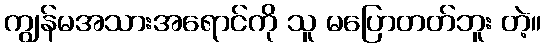
ကျွန်မအသားအရောင်ကို သူ မပြောတတ်ဘူး တဲ့။